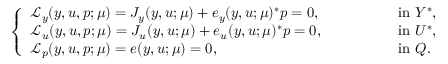
\begin{array} { r } { \left\{ \begin{array} { l l } { \mathcal { L } _ { y } ( y , u , p ; \boldsymbol { \mu } ) = J _ { y } ( y , u ; \boldsymbol { \mu } ) + e _ { y } ( y , u ; \boldsymbol { \mu } ) ^ { * } p = 0 , } & { \qquad \qquad \mathrm { ~ i n ~ } Y ^ { * } , } \\ { \mathcal { L } _ { u } ( y , u , p ; \boldsymbol { \mu } ) = J _ { u } ( y , u ; \boldsymbol { \mu } ) + e _ { u } ( y , u ; \boldsymbol { \mu } ) ^ { * } p = 0 , } & { \qquad \qquad \mathrm { ~ i n ~ } U ^ { * } , } \\ { \mathcal { L } _ { p } ( y , u , p ; \boldsymbol { \mu } ) = e ( y , u ; \boldsymbol { \mu } ) = 0 , } & { \qquad \qquad \mathrm { ~ i n ~ } Q . } \end{array} \right. } \end{array}